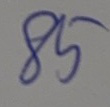
85